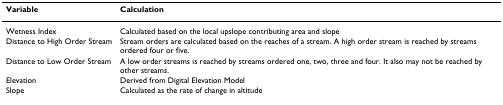
<table><thead><tr><td><b>Variable</b></td><td><b>Calculation</b></td></tr></thead><tbody><tr><td>Wetness Index</td><td>Calculated based on the local upslope contributing area and slope</td></tr><tr><td>Distance to High Order Stream</td><td>Stream orders are calculated based on the reaches of a stream. A high order stream is reached by streams ordered four or five.</td></tr><tr><td>Distance to Low Order Stream</td><td>A low order streams is reached by streams ordered one, two, three and four. It also may not be reached by other streams.</td></tr><tr><td>Elevation</td><td>Derived from Digital Elevation Model</td></tr><tr><td>Slope</td><td>Calculated as the rate of change in altitude</td></tr></tbody></table>